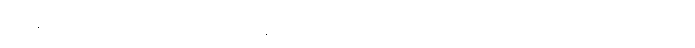
ကျွန်မတို့ဝင်သွားသည့် ထိုအခန်းသည် စာအုပ်စင်တွေ စီရီစွာ ခင်းကျင်းထားသည့်